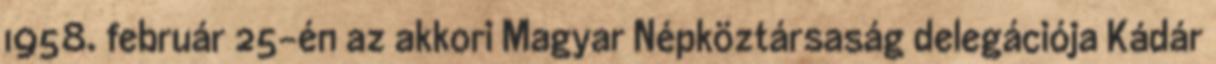
1958. február 25-én az akkori Magyar Népköztársaság delegációja Kádár